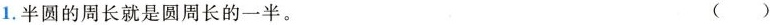
1.半圆的周长就是圆的一半。 ( )